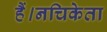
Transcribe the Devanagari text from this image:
हैं।नचिकेता